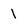
Character: I